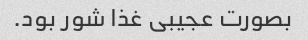
بصورت عجیبی غذا شور بود.